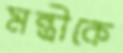
মন্ত্রীকে